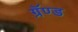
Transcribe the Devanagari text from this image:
ग्रॅण्ड